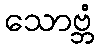
သောဗ္ဘံ